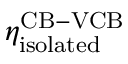
\eta _ { \mathrm { i s o l a t e d } } ^ { \mathrm { C B - V C B } }